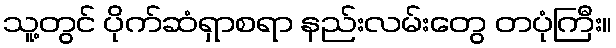
သူ့တွင် ပိုက်ဆံရှာစရာ နည်းလမ်းတွေ တပုံကြီး။